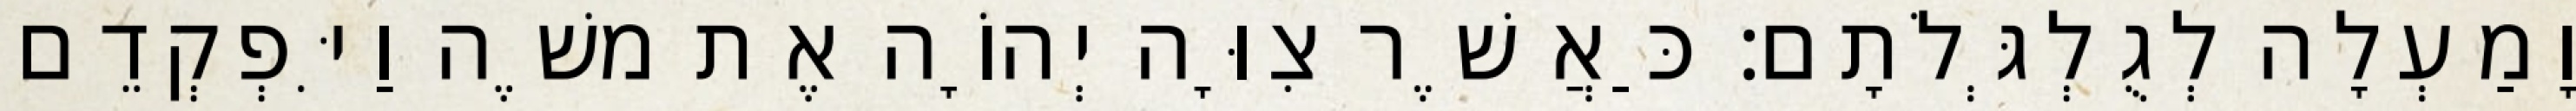
וָמַעְלָה לְגֻלְגְּלֹתָם׃ כַּאֲשֶׁר צִוָּה יְהוָֹה אֶת משֶׁה וַיִּפְקְדֵם